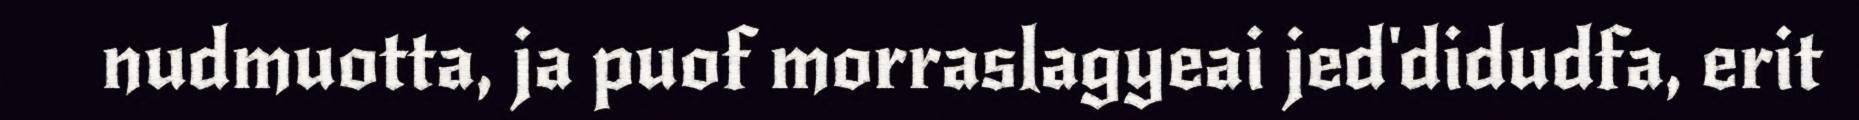
nudmuotta, ja puof morraslagyeai jed'didudfa, erit